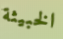
الخبيثة